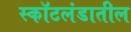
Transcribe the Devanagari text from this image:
स्कॉटलंडातील